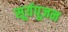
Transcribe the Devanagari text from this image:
सूर्यपूजन